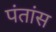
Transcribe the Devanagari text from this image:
पंतांस